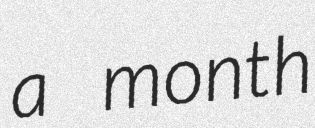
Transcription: a month